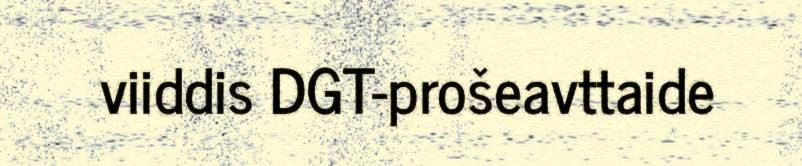
viiddis DGT-prošeavttaide